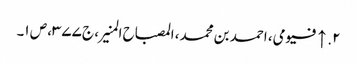
۲. ↑ فیومی، احمد بن محمد، المصباح المنیر، ج ۳۷۷، ص ۱۔